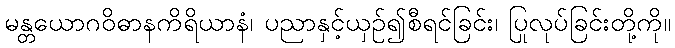
မန္တယောဂဝိဓာနကိရိယာနံ၊ ပညာနှင့်ယှဉ်၍စီရင်ခြင်း၊ ပြုလုပ်ခြင်းတို့ကို။